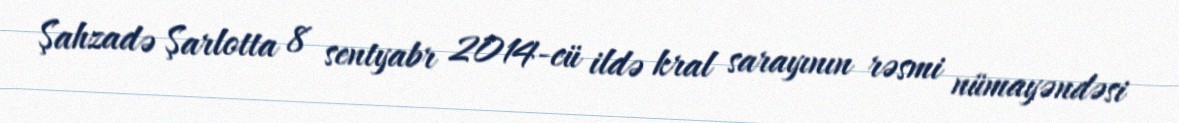
Şahzadə Şarlotta 8 sentyabr 2014-cü ildə kral sarayının rəsmi nümayəndəsi